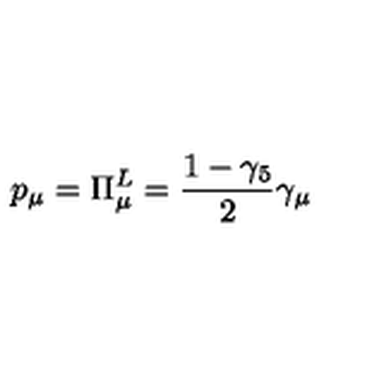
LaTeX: p _ { \mu } = \Pi _ { \mu } ^ { L } = \frac { 1 - \gamma _ { 5 } } { 2 } \gamma _ { \mu }